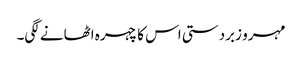
مہرو زبردستی اس کا چہرہ اٹھانے لگی۔